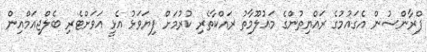
ފްރާންސުން އެގައުމުގެ ރައްޔިތުންގެ މައުލޫމާތު ރައްކާތެރި ކުރުމަށް ފިޔަވަޅު އެޅީ އަވަށްޓެރި ބެލްޖިއަމްއިން